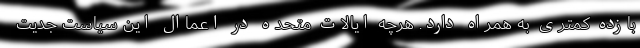
بازده کمتری به همراه دارد. هرچه ایالات متحده در اعماال این سیاست جدیت